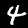
Label: 4